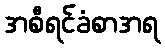
အစီရင်ခံစာအရ